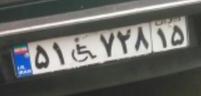
۵۱+۷۲۸۱۵